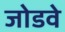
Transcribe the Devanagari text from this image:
जोडवे